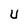
Character: U